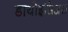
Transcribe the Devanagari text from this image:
डायोइसिअस